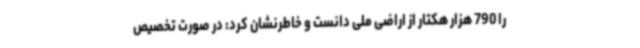
را 790 هزار هکتار از اراضی ملی دانست و خاطرنشان کرد: در صورت تخصیص